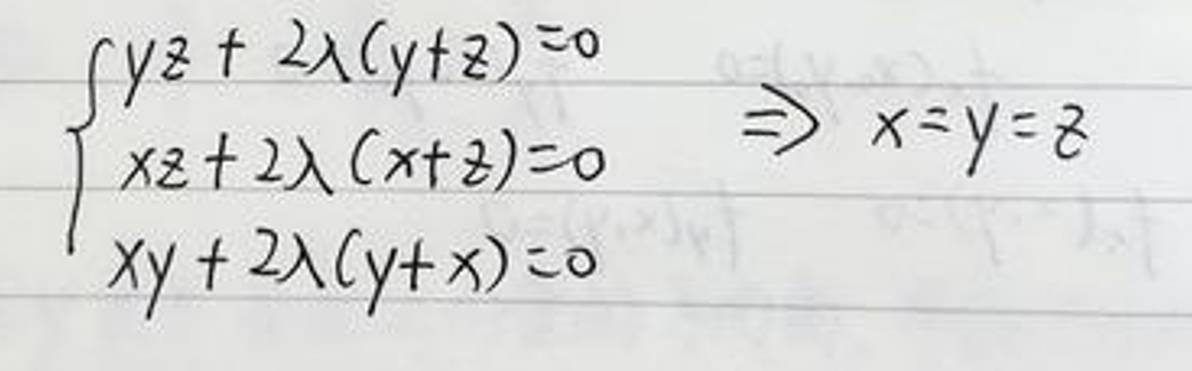
\[
\begin{cases}
yz + 2\lambda(y + z) = 0 \\
xz + 2\lambda(x + z) = 0 \\
xy + 2\lambda(y + x) = 0
\end{cases}
\Rightarrow x = y = z
\]